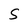
Character: S